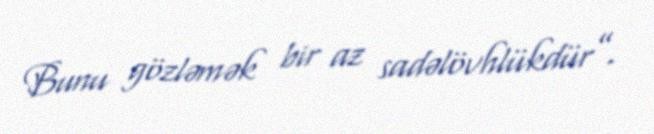
Bunu gözləmək bir az sadəlövhlükdür”.